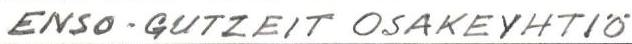
ENSO-GUTZEIT OSAKEYHTIÖ